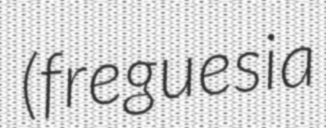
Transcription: (freguesia